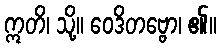
ဣတိ၊ သို့။ ဝေဒိတဗ္ဗော၊ ၏။